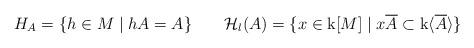
LaTeX: \begin{align*}H_A=\{h\in M\mid hA=A\}\quad\quad\mathcal{H}_{l}(A)=\{x\in\mathrm{k}[M]\mid x\overline{A}\subset\mathrm{k}\langle\overline{A}\rangle\}\end{align*}